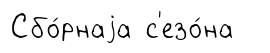
Сбо́рнаjа с'езо́на